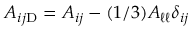
{ \cal { A } } _ { i j \mathrm { { D } } } = { \cal { A } } _ { i j } - ( 1 / 3 ) { \cal { A } } _ { \ell \ell } \delta _ { i j }